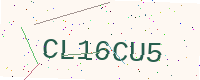
Text: CL16CU5